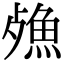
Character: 𣩕